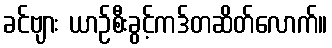
ခင်ဗျား ယာဉ်စီးခွင့်ကဒ်တဆိတ်လောက်။